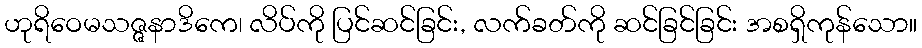
ဟုရိဝေမသဇ္ဇနာဒိကေ၊ လိပ်ကို ပြင်ဆင်ခြင်း, လက်ခတ်ကို ဆင်ခြင်ခြင်း အစရှိကုန်သော။